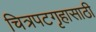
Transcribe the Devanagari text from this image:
चित्रपटगृहासाठी